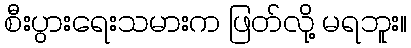
စီးပွားရေးသမားက ဖြတ်လို့ မရဘူး။